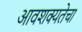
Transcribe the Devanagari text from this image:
आवशक्यतेचा